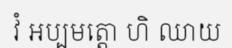
វំ ឣប្បមត្តោ ហិ ឈាយ